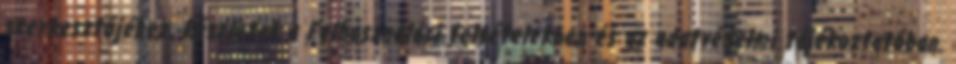
szerkesztőjéhez. Részletek a Felhasználási feltételekben és az adatvédelmi tájékoztatóban.